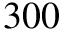
3 0 0